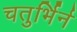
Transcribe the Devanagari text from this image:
चतुर्भिर्न